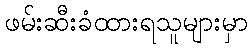
ဖမ်းဆီးခံထားရသူများမှာ